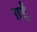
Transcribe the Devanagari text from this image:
ग़ईं